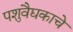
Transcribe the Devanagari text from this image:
पशुवैद्यकाचे